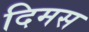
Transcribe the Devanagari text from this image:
दिमस